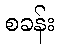
စခန်း